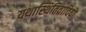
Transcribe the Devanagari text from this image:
यथास्थितिवादियों